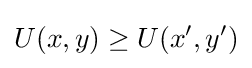
U(x,y)\geq U(x',y')